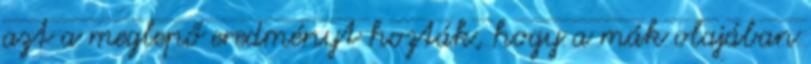
azt a meglepő eredményt hozták, hogy a mák olajában